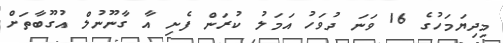
މިދިޔަމަހުގެ 16 ވަނަ ދުވަހު އަމަލު ކުރަން ފެށި އާ ގާނޫނުލް އުގޫބާތަށް